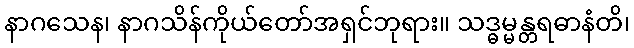
နာဂသေန၊ နာဂသိန်ကိုယ်တော်အရှင်ဘုရား။ သဒ္ဓမ္မန္တရဓာနံတိ၊